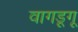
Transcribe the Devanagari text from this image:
वागडूगू